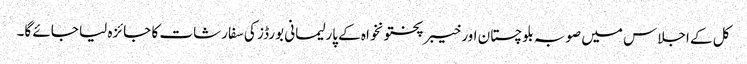
کل کے اجلاس میں صوبہ بلوچستان اور خیبرپختونخواہ کے پارلیمانی بورڈز کی سفارشات کا جائزہ لیا جائے گا۔